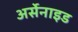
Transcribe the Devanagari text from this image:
अर्सेनाइड